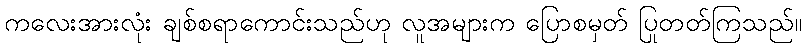
ကလေးအားလုံး ချစ်စရာကောင်းသည်ဟု လူအများက ပြောစမှတ် ပြုတတ်ကြသည်။